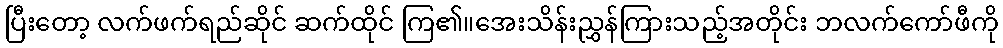
ပြီးတော့ လက်ဖက်ရည်ဆိုင် ဆက်ထိုင် ကြ၏။အေးသိန်းညွှန်ကြားသည့်အတိုင်း ဘလက်ကော်ဖီကို